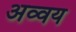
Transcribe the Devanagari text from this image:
अव्वय